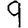
Digit: 9